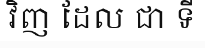
វិញ ដែល ជា ទី